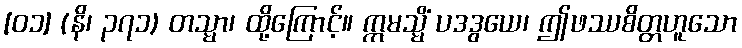
[၀၁] (နိ၊ ၃၇၁) တသ္မာ၊ ထို့ကြောင့်။ ဣမသ္မိံ ပဒဒွယေ၊ ဤဖဿစိတ္တဟူသော